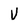
Character: V